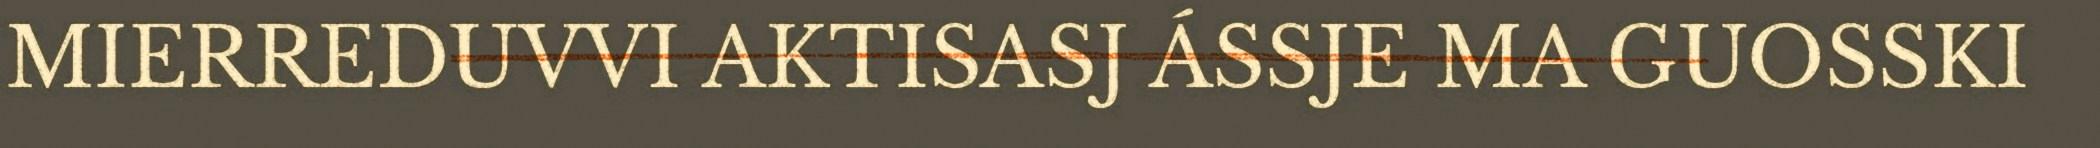
MIERREDUVVI AKTISASJ ÁSSJE MA GUOSSKI